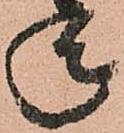
承